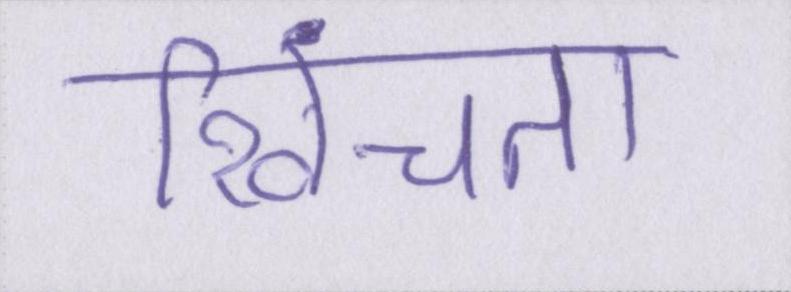
खिंचता